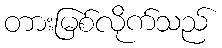
တားမြစ်လိုက်သည်